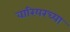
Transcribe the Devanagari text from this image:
वारियरच्या